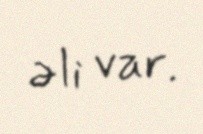
əli var.